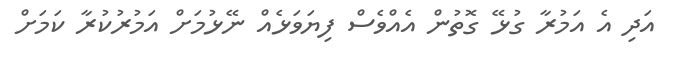
އަދި އެ އަމުރާ ގުޅޭ ގޮތުން އެއްވެސް ފިޔަވަޅެއް ނޭޅުމަށް އަމުރުކުރާ ކަމަށް